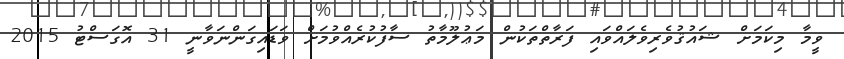
ވީމާ މިކަމަށް ޝައުޤުވެރިވެލައްވައި ފަރާތްތަކުން މަޢުލޫމާތު ސާފުކުރެއްވުމަށް ވަޑައިގަންނަވާނީ 31 އޮގަސްޓު 2015